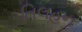
તિલહન